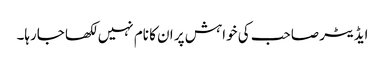
ایڈیٹر صاحب کی خواہش پر ان کا نام نہیں لکھا جارہا۔